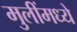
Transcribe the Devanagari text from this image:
मुलींमध्ये